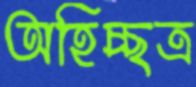
অহিচ্ছত্র